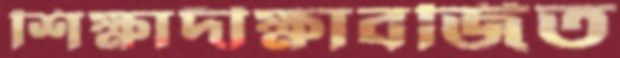
শিক্ষাদীক্ষাবর্জিত